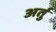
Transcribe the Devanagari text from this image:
अर्तु